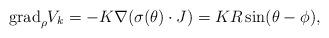
LaTeX: \begin{align*}{\rm grad}_\rho V_k = -K \nabla (\sigma(\theta)\cdot J)=K R\sin(\theta-\phi),\end{align*}